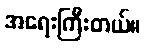
အရေးကြီးတယ်။